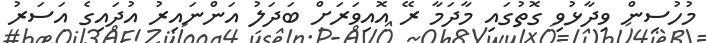
މުހުސިން ވިދާޅުވި ގޮތުގައި މާދަމާ ރޭ އޮއިވަރަށް ބަދަލު އަންނައިރު އުދައިގެ އަސަރު